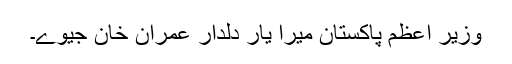
وزیر اعظم پاکستان میرا یار دلدار عمران خان جیوے۔